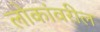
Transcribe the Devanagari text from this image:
लोकांवरील